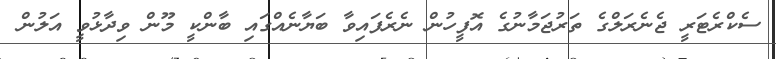
ސެކްރެޓަރީ ޖެނެރަލްގެ ތަރުޖަމާނުގެ އޮފީހުން ނެރެފައިވާ ބަޔާނެއްގައި ބާންކީ މޫން ވިދާޅުވީ އަލުން